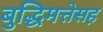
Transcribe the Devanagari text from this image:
बुद्धिमत्तेसह